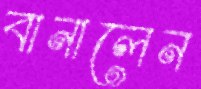
বানালেন